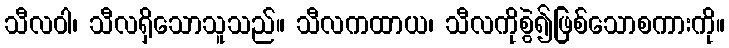
သီလဝါ၊ သီလရှိသောသူသည်။ သီလကထာယ၊ သီလကိုစွဲ၍ဖြစ်သောစကားကို။